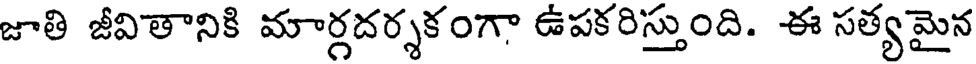
జాతి జీవితానికి మార్గదర్శకంగా ఉపకరిస్తుంది. ఈ సత్యమైన